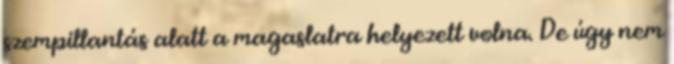
szempillantás alatt a magaslatra helyezett volna. De úgy nem